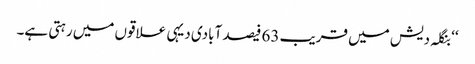
‘‘ بنگلہ دیش میں قریب 63 فیصد آبادی دیہی علاقوں میں رہتی ہے۔